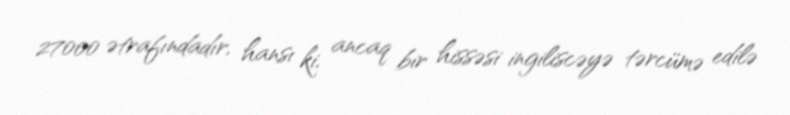
27000 ətrafındadır, hansı ki, ancaq bir hissəsi ingiliscəyə tərcümə edilə